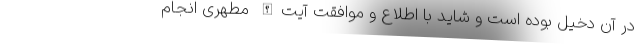
در آن دخیل بوده است و شاید با اطلاع و موافقت آیت‌الله مطهری انجام